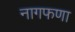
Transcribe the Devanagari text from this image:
नागफणा